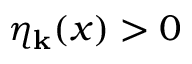
\eta _ { \bf k } ( x ) > 0